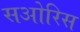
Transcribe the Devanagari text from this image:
सओरिस